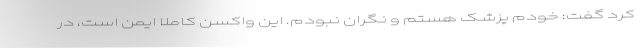
کرد گفت: خودم پزشک هستم و نگران نبودم. این واکسن کاملا ایمن است، در